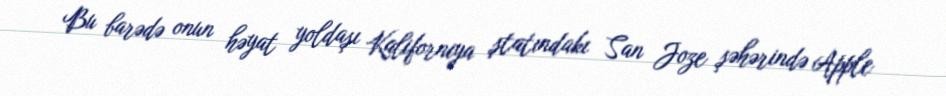
Bu barədə onun həyat yoldaşı Kaliforniya ştatındakı San Joze şəhərində Apple